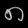
Digit: ၈